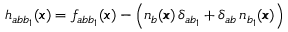
h _ { a b { b } _ { 1 } } ( { \pmb x } ) = f _ { a b { b } _ { 1 } } ( { \pmb x } ) - \left( n _ { b } ( { \pmb x } ) \, \delta _ { a b _ { 1 } } + \delta _ { a b } \, n _ { b _ { 1 } } ( { \pmb x } ) \right)